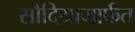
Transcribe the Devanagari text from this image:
सौदियामार्फत